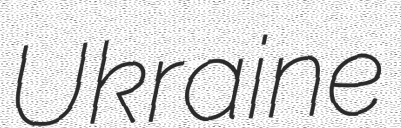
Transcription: Ukraine